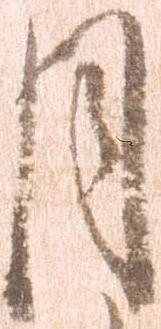
月